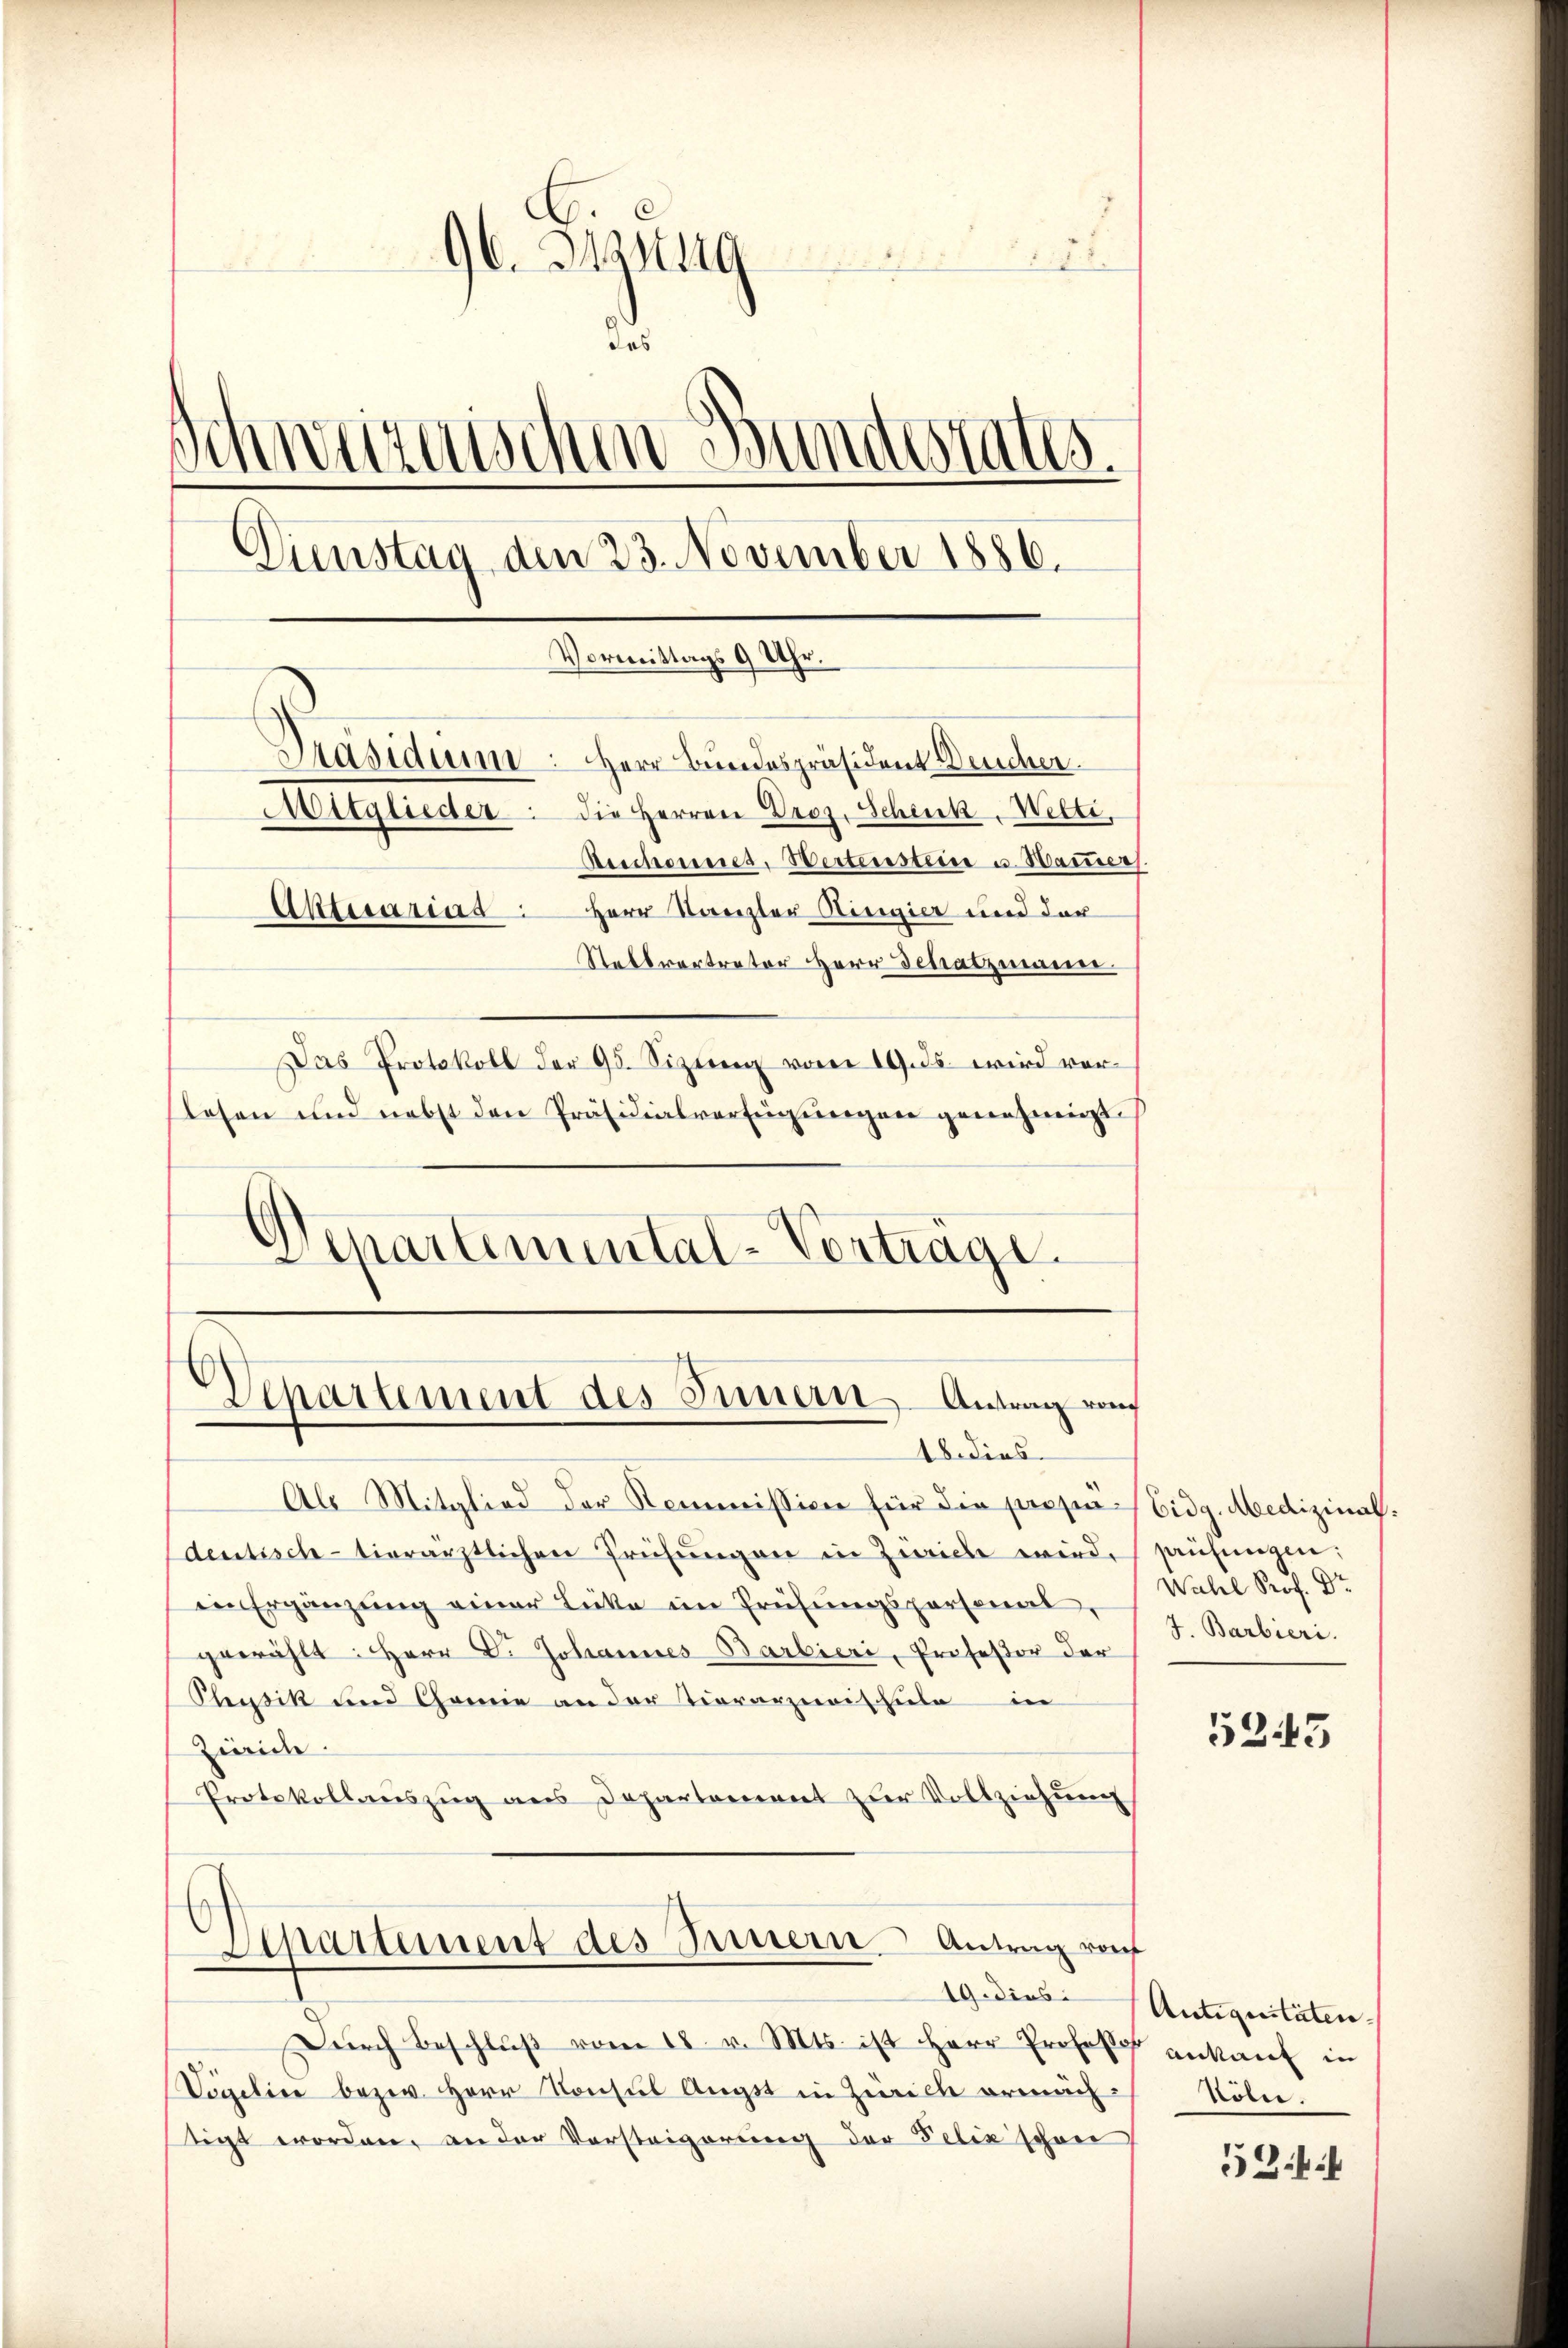
96. 319
das
Schwärzischen Bundesrates.
Dienstag den 23. November 1886.
Vormittags 9 Uhr.
Päsidiu: Herr Bundespräsident Deucher
Mitglieder die Herren Proz. Schenk-Welti,
Beschonnes, Wertenstein u. Hammer
Aktuarina Herr Kanzler Ringier und der
Stellvertreter Herr Schatzmann.

Das Protokoll der 95. Sizŭng vom 19. ds. wird vor-
lesen und nebst den Präsidialverfügŭngen genehmigt.
Departemental-Verträge.

Venartement des Innern Antrag von

18. dies
Als Mitglied der Kommission für die propia Eidg. Medizinaldentisch-tierärztlichen Prüfŭngen in Zürich wird, saufungen
in Ergänzung einer Lücke im Prüfungspersonal,
gewählt: Herr Dr. Johannes Barbieri, Professor der
Physik und Canne an der Tierarzneischule in
Zürich
Protokollauszug aus Departement zur Vollziehung
Spürtement des Innern Antrag von
19. dies
Dŭrch Beschlŭβ vom 18. v. Mts. ist Herr Profes ankauf in
Vögelin bezw. Herr Konsul Augst in Zürich ermächstigt worden, an der Vorsteigerung der Felix schen

Wahl Prof. Dr
J. Barbieri

5345

Antiquitäten.
Köln.

53